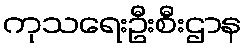
ကုသရေးဦးစီးဌာန